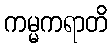
ကမ္မကရာတိ